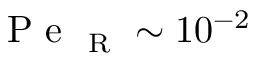
\mathrm { ~ P ~ e ~ } _ { \mathrm { ~ R ~ } } \sim 1 0 ^ { - 2 }